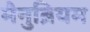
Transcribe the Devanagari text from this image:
मैनुब्रियम